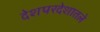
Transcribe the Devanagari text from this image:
देशपरदेशातले